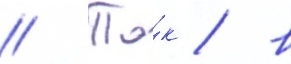
// Та́к / в